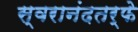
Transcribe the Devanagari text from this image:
स्वरानंदतर्फे